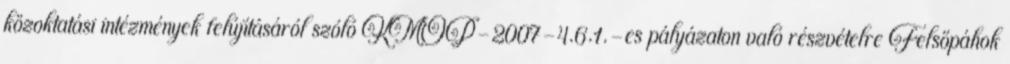
közoktatási intézmények felújításáról szóló KMOP-2007-4.6.1.-es pályázaton való részvételre Felsőpáhok